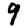
Digit: 9